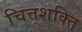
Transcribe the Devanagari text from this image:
चित्तशक्ति